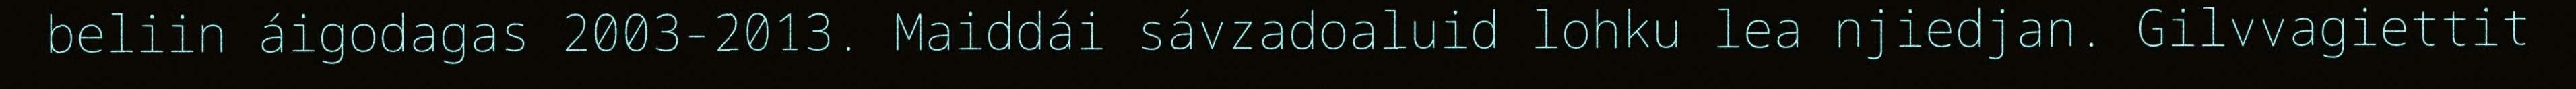
beliin áigodagas 2003-2013. Maiddái sávzadoaluid lohku lea njiedjan. Gilvvagiettit